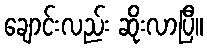
ချောင်းလည်း ဆိုးလာပြီ။